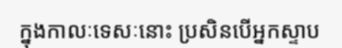
ក្នុងកាលៈទេសៈនោះ ប្រសិនបើអ្នកស្ទាប